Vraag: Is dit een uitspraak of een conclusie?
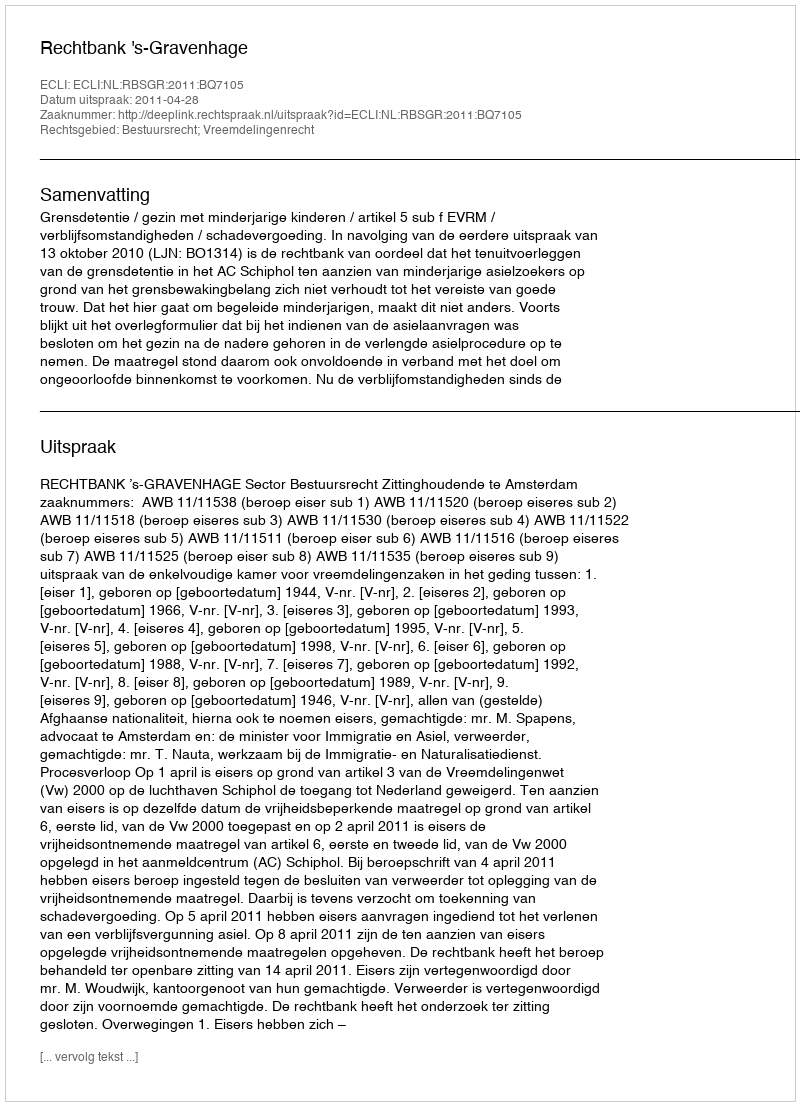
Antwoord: Uitspraak